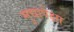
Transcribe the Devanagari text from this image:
मुद्यापेक्षा